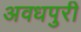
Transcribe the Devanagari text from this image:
अवधपुरी